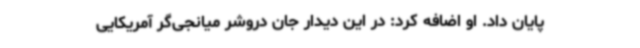
پایان داد. او اضافه کرد: در این دیدار جان دروشر میانجی‌گر آمریکایی